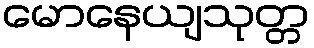
မောနေယျသုတ္တ